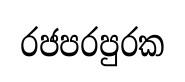
රජපරපුරක